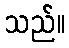
သည်။